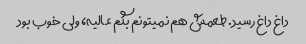
داغ داغ رسید. طعمش هم نمیتونم بگم عالیه، ولی خوب بود